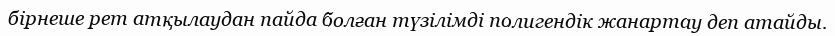
бірнеше рет атқылаудан пайда болған түзілімді полигендік жанартау деп атайды.